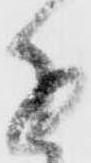
近